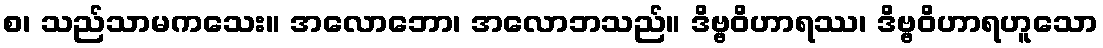
စ၊ သည်သာမကသေး။ အလောဘော၊ အလောဘသည်။ ဒိဗ္ဗဝိဟာရဿ၊ ဒိဗ္ဗဝိဟာရဟူသော